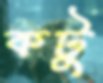
কটু